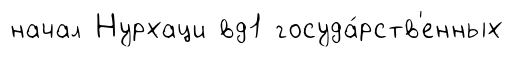
начал Нурхаци вд1 госуда́рств'енных